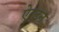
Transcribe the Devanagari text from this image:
ऐल्टन